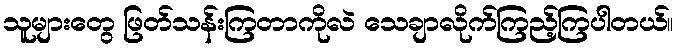
သူများတွေ ဖြတ်သန်းကြတာကိုလဲ သေချာလိုက်ကြည့်ကြပါတယ်။